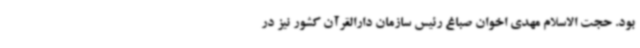
بود. حجت الاسلام مهدی اخوان صباغ رئیس سازمان دارالقرآن کشور نیز در